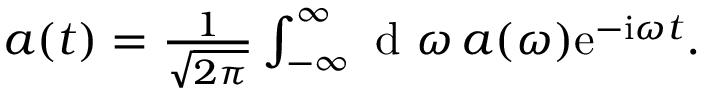
\begin{array} { r } { a ( t ) = \frac { 1 } { \sqrt { 2 \pi } } \int _ { - \infty } ^ { \infty } \textrm { d } \omega \, a ( \omega ) \mathrm { e } ^ { - \mathrm { i } \omega t } . } \end{array}